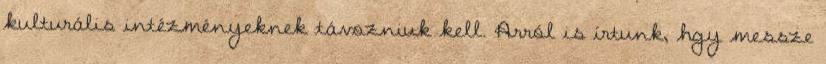
kulturális intézményeknek távozniuk kell. Arról is írtunk, hgy messze